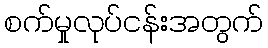
စက်မှုလုပ်ငန်းအတွက်